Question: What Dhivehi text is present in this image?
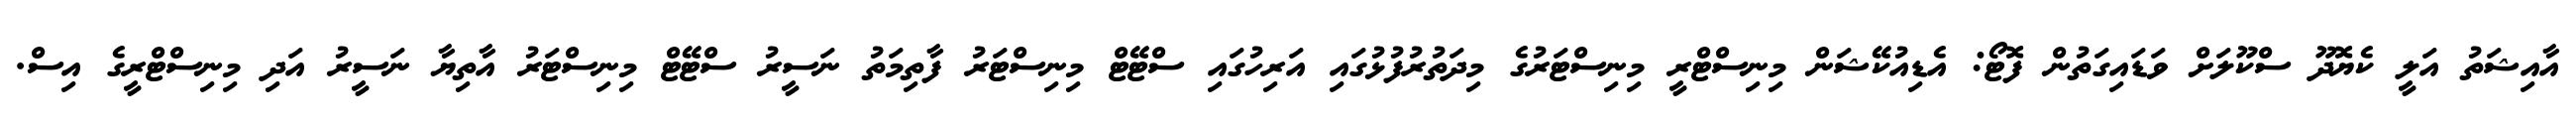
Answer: އާއިޝަތު އަލީ ކެޔޮދޫ ސްކޫލަށް ވަޑައިގަތުން ފޮޓޯ: އެޑިއުކޭޝަން މިނިސްޓްރީ މިނިސްޓަރުގެ މިދަތުރުފުޅުގައި އަރިހުގައި ސްޓޭޓް މިނިސްޓަރު ފާތިމަތު ނަސީރު ސްޓޭޓް މިނިސްޓަރު އާތިޔާ ނަސީރު އަދި މިނިސްޓްރީގެ އިސް.